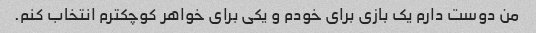
من دوست دارم یک بازی برای خودم و یکی برای خواهر کوچکترم انتخاب کنم.